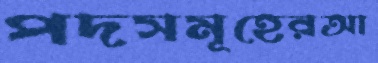
পদসমূহেরআ